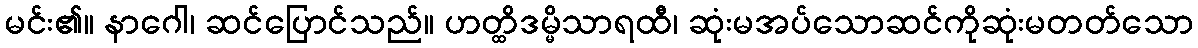
မင်း၏။ နာဂေါ၊ ဆင်ပြောင်သည်။ ဟတ္ထိဒမ္မိသာရထီ၊ ဆုံးမအပ်သောဆင်ကိုဆုံးမတတ်သော